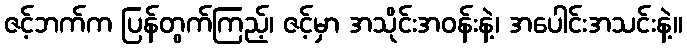
ဇင့်ဘက်က ပြန်တွက်ကြည့်၊ ဇင့်မှာ အသိုင်းအဝန်းနဲ့၊ အပေါင်းအသင်းနဲ့။